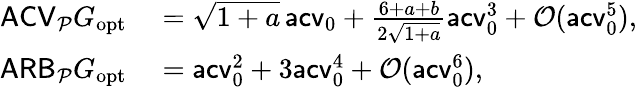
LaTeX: \begin{array}{rl}{\mathsf{ACV}_{\mathcal P}G_{\mathrm{opt}}}&{{}=\sqrt{1+a}\, \mathsf{acv}_{0}+\frac{6+a+b}{2\sqrt{1+a}}\mathsf{acv}_{0}^{3}+\mathcal O(\mathsf{acv}_{0}^{5}),}\\ {\mathsf{ARB}_{\mathcal P}G_{\mathrm{opt}}}&{{}=\mathsf{acv}_{0}^{2}+3\mathsf{acv}_{0}^{4}+\mathcal O(\mathsf{acv}_{0}^{6}),}\end{array}